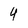
Character: 4